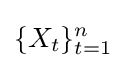
\{X_{t}\}_{t=1}^{n}